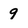
Character: 9